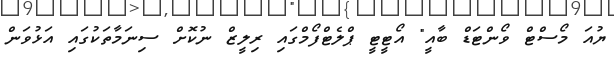
ޔުއަ މޯސްޓް ވޯންޓަޑް ބާއީ" އޯޓީޓީ ޕްލެޓްފޯމްގައި ރިލީޒް ނުކޮށް ސިނަމާތަކުގައި އަޅުވަން